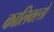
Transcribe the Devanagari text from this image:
कालिक्स्तो